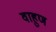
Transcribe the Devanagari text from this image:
वाहुण